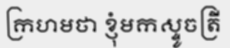
ក្រហមថា ខ្ញុំមកស្ទូចត្រី